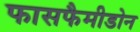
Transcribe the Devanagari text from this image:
फासफैमीडोन